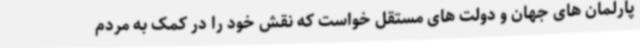
پارلمان های جهان و دولت های مستقل خواست که نقش خود را در کمک به مردم